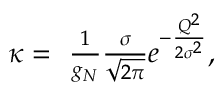
\begin{array} { r } { \kappa = \ \frac { 1 } { g _ { N } } \frac { \sigma } { \sqrt { 2 \pi } } e ^ { - \frac { Q ^ { 2 } } { 2 \sigma ^ { 2 } } } , } \end{array}